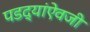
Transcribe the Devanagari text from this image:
पडद्यांऐवजी